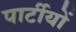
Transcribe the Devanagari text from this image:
पार्टीयों